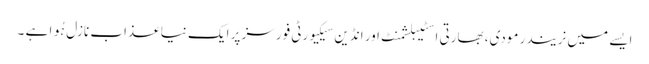
ایسے میں نریندر مودی، بھارتی اسٹیبلشمنٹ اور انڈین سیکیورٹی فورسز پر ایک نیا عذاب نازل ہُوا ہے ۔